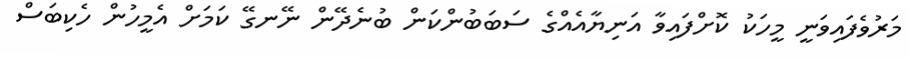
މަރުވެފައިވަނީ މީހަކު ކޮށްފައިވާ އަނިޔާއެއްގެ ސަބަބުންކަން ބުނެދޭން ނޭނގޭ ކަމަށް އެމީހުން ހެކިބަސް